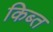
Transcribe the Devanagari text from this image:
किब्त